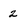
Character: 2